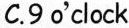
C.9 o'clock